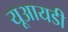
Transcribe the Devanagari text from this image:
यूआयडी